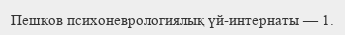
Пешков психоневрологиялық үй-интернаты — 1.